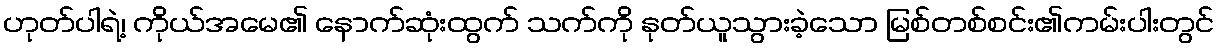
ဟုတ်ပါရဲ့၊ ကိုယ်အမေ၏ နောက်ဆုံးထွက် သက်ကို နုတ်ယူသွားခဲ့သော မြစ်တစ်စင်း၏ကမ်းပါးတွင်